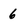
Character: 6